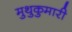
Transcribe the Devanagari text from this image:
मुथुकुमारी